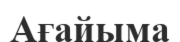
Ағайыма